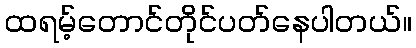
ထရမ့်တောင်တိုင်ပတ်နေပါတယ်။